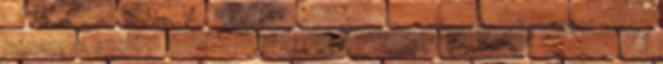
hónappal ezelőtt 06:58 BravoTube bukkake 5 hónappal ezelőtt 12:47